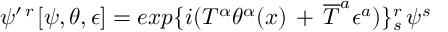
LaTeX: \psi ^ { \prime \, r \, } [ \psi , \theta , \epsilon ] = e x p \{ i ( T ^ { \alpha } \theta ^ { \alpha } ( x ) \, + \, { \overline { { T } } } ^ { a } \epsilon ^ { a } ) \} _ { s } ^ { r } \, \psi ^ { s }